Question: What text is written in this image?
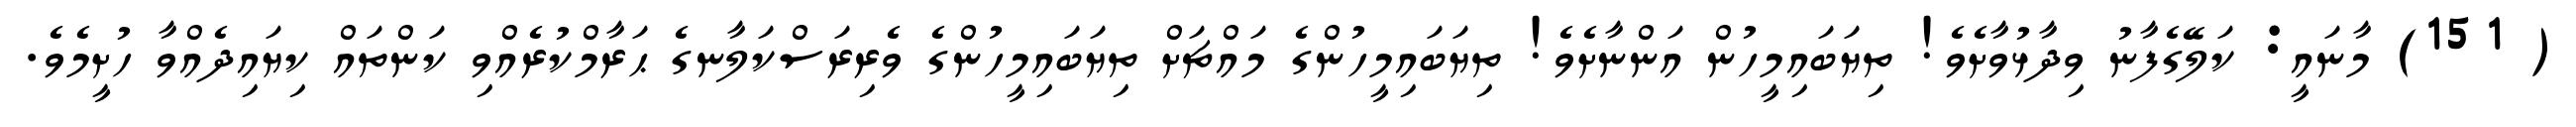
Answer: ( 151) މާނައީ: ކަލޭގެފާނު ވިދާޅުވާށެވެ! ތިޔަބައިމީހުން އަންނާށެވެ! ތިޔަބައިމީހުންގެ މައްޗަށް ތިޔަބައިމީހުންގެ ވެރިރަސްކަލާނގެ ޙަރާމްކުރެއްވި ކަންތައް ކިޔައިދެއްވާ ހުށީމެވެ.